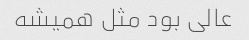
عالی بود مثل همیشه